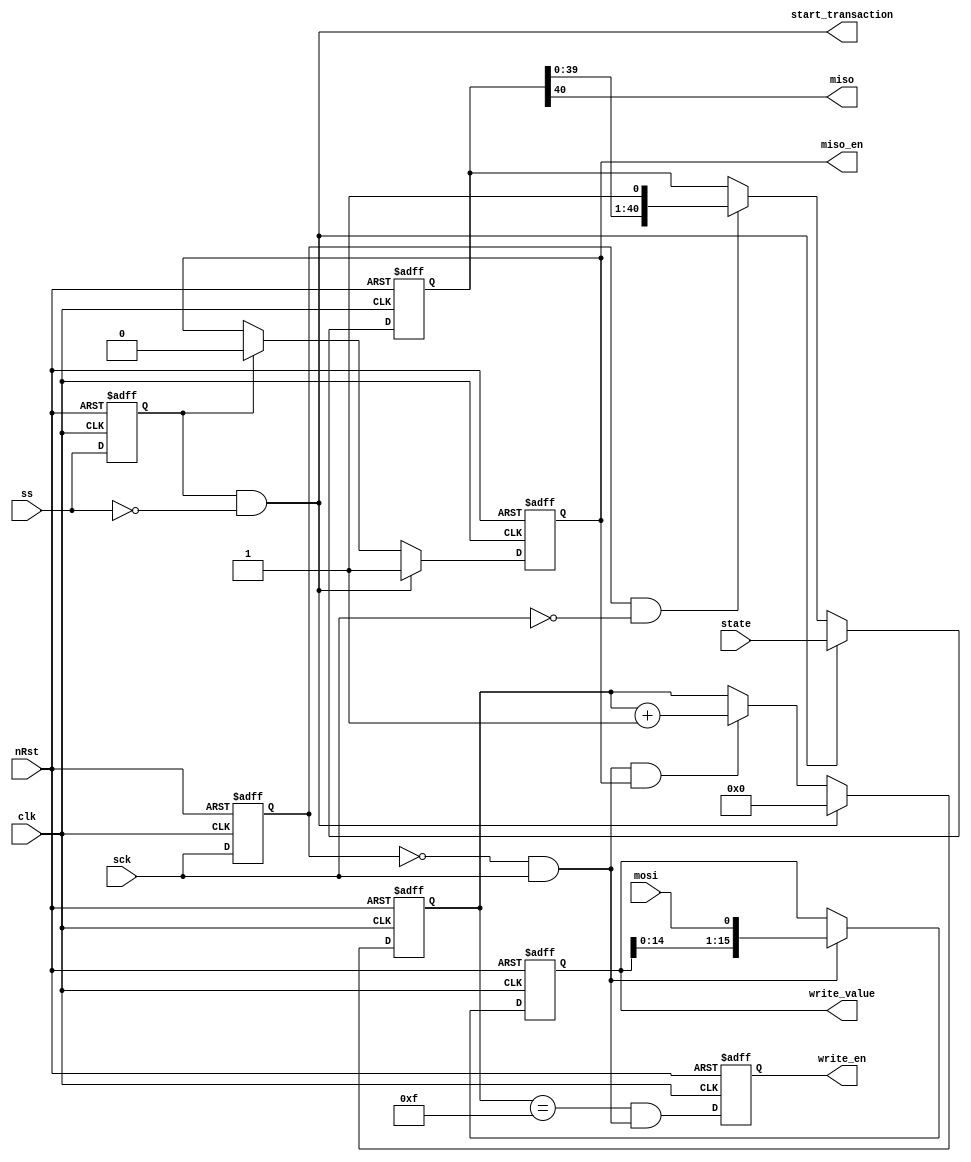
`timescale 1ns / 1ps
//////////////////////////////////////////////////////////////////////////////////
// Company:
// Engineer:
//
// Design Name:
// Module Name: spi_if
// Project Name:
// Target Devices:
// Tool Versions:
// Description:
//
// Dependencies:
//
// Revision:
// Revision 0.01 - File Created
// Additional Comments:
//
//////////////////////////////////////////////////////////////////////////////////


module p18_spi_if
#(
    parameter STATE_SIZE = 10+10+9+8+4
)
(
    input clk,
    input nRst,
    input sck,
    output miso,
    output miso_en,
    input mosi,
    input ss,
    input [STATE_SIZE-1:0] state,
    output [15:0] write_value,
    output reg write_en,
    output start_transaction
    );

    reg sck_delay1;
    reg ss_delay1;
    always @(posedge clk or negedge nRst)
    begin
        if(!nRst) begin
            sck_delay1 <= 1'b0;
            ss_delay1 <= 1'b0;
        end else begin
            sck_delay1 <= sck;
            ss_delay1 <= ss;
        end
    end

    wire sck_posedge = !sck_delay1 && sck;
    wire sck_negedge = sck_delay1 && !sck;
    wire ss_negedge = ss_delay1 && !ss;
    assign start_transaction = ss_negedge;

    reg [STATE_SIZE-1:0] shift_out_state;
    always @(posedge clk or negedge nRst)
    begin
        if(!nRst) begin
            shift_out_state <= 0;
        end else begin
            if(ss_negedge) begin
                shift_out_state <= state;
            end else if(sck_negedge) begin
                shift_out_state <= {shift_out_state[STATE_SIZE-2:0], 1'b1};
            end
        end
    end

    reg shifting;
    always @(posedge clk or negedge nRst)
    begin
        if(!nRst) begin
            shifting <= 1'b0;
        end else begin
            if(ss_negedge) begin
                shifting <= 1'b1;
            end else if(ss_delay1) begin
                shifting <= 1'b0;
            end
        end
    end

    reg [3:0] shift_counter;
    always @(posedge clk or negedge nRst)
    begin
        if(!nRst) begin
            shift_counter <= 4'b0;
        end else begin
            if(ss_negedge) begin
                shift_counter <= 4'b0;
            end else if(sck_posedge && shifting) begin
                shift_counter <= shift_counter + 1'b1;
            end
        end
    end

    always @(posedge clk or negedge nRst)
    begin
        if(!nRst) begin
            write_en <= 1'b0;
        end else begin
            write_en <= shift_counter == 4'b1111 && sck_posedge;
        end
    end

    reg [15:0] shift_reg;
    always @(posedge clk or negedge nRst)
    begin
        if(!nRst) begin
            shift_reg <= 16'b0;
        end else begin
            if(sck_posedge) begin
                shift_reg <= {shift_reg[14:0], mosi};
            end
        end
    end
    assign write_value = shift_reg;

    assign miso_en = shifting;
    assign miso = shift_out_state[STATE_SIZE-1];


endmodule